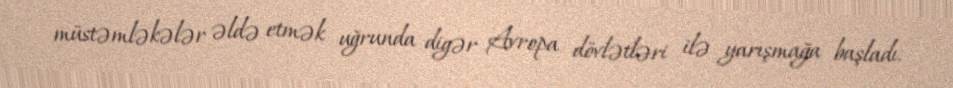
müstəmləkələr əldə etmək uğrunda digər Avropa dövlətləri ilə yarışmağa başladı.